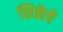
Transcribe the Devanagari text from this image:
शिळेचे